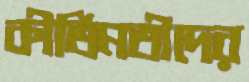
কীর্তিমতীদের